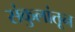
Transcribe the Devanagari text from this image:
संकुलांतून